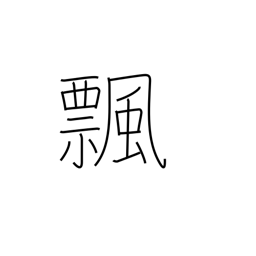
Meaning: turn over